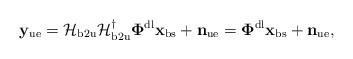
LaTeX: \begin{align*}\mathbf{y}_{\mathrm{ue}} = \mathcal{H}_{\mathrm{b2u}} \mathcal{H}_{\mathrm{b2u}}^{\dagger} \mathbf{\Phi}^{\mathrm{dl}} \mathbf{x}_{\mathrm{bs}} + \mathbf{n}_{\mathrm{ue}} = \mathbf{\Phi}^{\mathrm{dl}} \mathbf{x}_{\mathrm{bs}} + \mathbf{n}_{\mathrm{ue}},\end{align*}